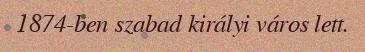
1874-ben szabad királyi város lett.